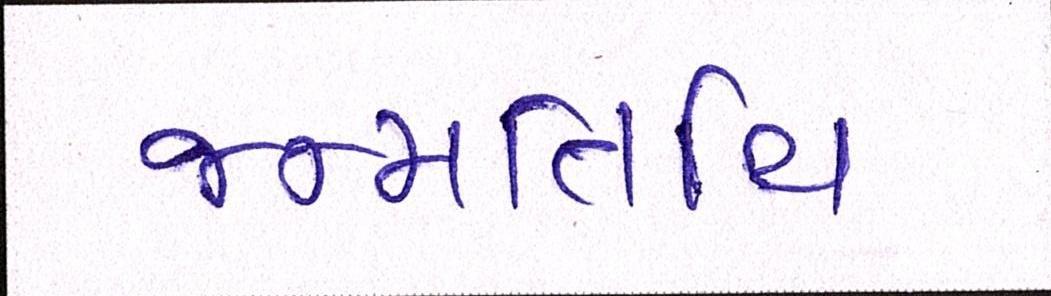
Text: જન્મતિથિ